Scientific memoirs by medical officers of the Army of India - Part X,
Year: 1897
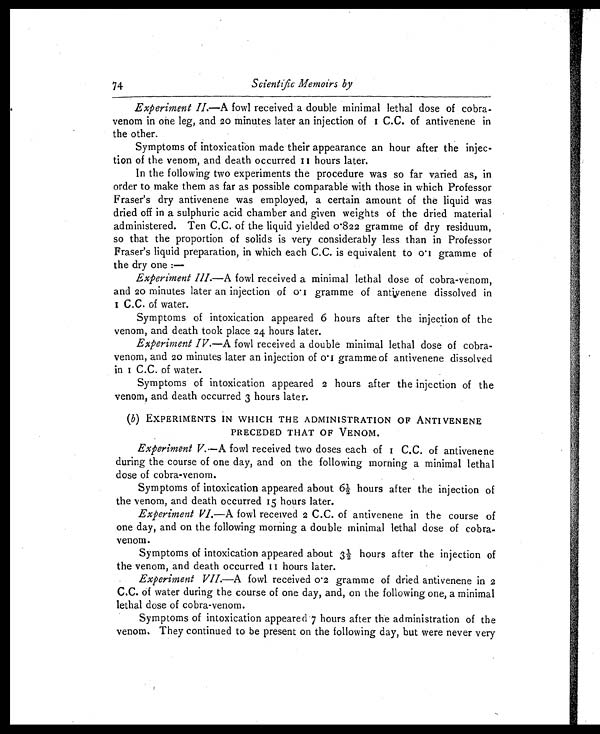
74
Scientific Memoirs by
Experiment II.—A fowl received a double minimal lethal dose of cobra-
venom in one leg, and 20 minutes later an injection of 1 C.C. of antivenene in
the other.
Symptoms of intoxication made their appearance an hour after the injec-
tion of the venom, and death occurred 11 hours later.
In the following two experiments the procedure was so far varied as, in
order to make them as far as possible comparable with those in which Professor
Fraser's dry antivenene was employed, a certain amount of the liquid was
dried off in a sulphuric acid chamber and given weights of the dried material
administered. Ten C.C. of the liquid yielded 0.822 gramme of dry residuum,
so that the proportion of solids is very considerably less than in Professor
Fraser's liquid preparation, in which each C.C. is equivalent to 0.1 gramme of
the dry one :-
Experiment III.—A fowl received a minimal lethal dose of cobra-venom,
and 20 minutes later an injection of 0.1 gramme of antivenene dissolved in
1 C.C. of water.
Symptoms of intoxication appeared 6 hours after the injection of the
venom, and death took place 24 hours later.
Experiment IV. —A fowl received a double minimal lethal dose of cobra-
venom, and 20 minutes later an injection of 0.1 gramme of antivenene dissolved
i n 1 C . C . o f w a t e r .
Symptoms of intoxication appeared 2 hours after the injection of the
venom, and death occurred 3 hours later.
(b) EXPERIMENTS IN WHICH THE ADMINISTRATION OF ANTIVENENE
PRECEDED THAT OF VENOM.
Experiment V. —A fowl received two doses each of 1 C.C. of antivenene
during the course of one day, and on the following morning a minimal lethal
dose of cobra-venom.
Symptoms of intoxication appeared about 6½ hours after the injection of
the venom, and death occurred 15 hours later.
Experiment VI. —A fowl received 2 C.C. of antivenene in the course of
one day, and on the following morning a double minimal lethal dose of cobra-
venom.
Symptoms of intoxication appeared about 3½ hours after the injection of
the venom, and death occurred II hours later.
Experiment VII.—A fowl received 0.2 gramme of dried antivenene in 2
C.C. of water during the course of one day, and, on the following one, a minimal
lethal dose of cobra-venom.
Symptoms of intoxication appeared 7 hours after the administration of the
venom. They continued to be present on the following day, but were never very